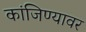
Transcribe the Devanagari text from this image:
कांजिण्यावर